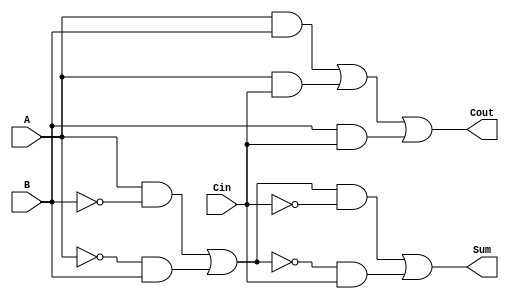
module TransmissionGateFullAdder (
    input wire A,       // First input bit
    input wire B,       // Second input bit
    input wire Cin,     // Carry-in bit
    output wire Sum,    // Sum output
    output wire Cout    // Carry-out output
);

// Internal wires for intermediate signals
wire AB;          // A AND B
wire ACin;       // A AND Cin
wire BCin;       // B AND Cin
wire AXORB;      // A XOR B
wire AXORBCin;   // (A XOR B) XOR Cin

// Transmission Gate Implementation for Sum
assign AXORB = (A & ~B) | (~A & B); // A XOR B using transmission gate logic
assign Sum = (AXORB & ~Cin) | (~AXORB & Cin); // (A XOR B) XOR Cin

// Transmission Gate Implementation for Cout
assign AB = A & B;         // A AND B using transmission gate logic
assign ACin = A & Cin;     // A AND Cin
assign BCin = B & Cin;     // B AND Cin

// Combine intermediate products using OR logic
assign Cout = AB | ACin | BCin; // Cout = (A AND B) OR (A AND Cin) OR (B AND Cin)

endmodule